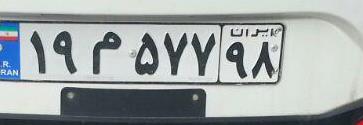
۱۹م۵۷۷۹۸